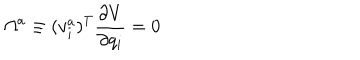
\Omega ^ { a } \equiv ( v _ { i } ^ { a } ) ^ { T } { \frac { \partial V } { \partial q _ { i } } } = 0